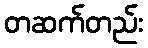
တဆက်တည်း